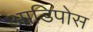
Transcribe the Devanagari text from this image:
आडिपोस